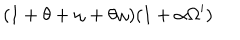
( 1 + \theta + \omega + \theta \omega ) ( 1 + \alpha \Omega ^ { \prime } )